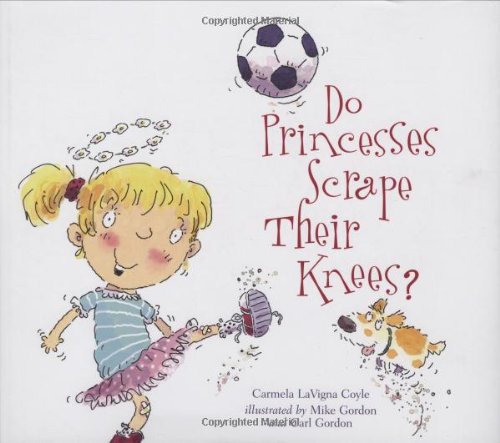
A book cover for Do Princesses Scrape Their Knees?; Carmela LaVigna Coyle; Children's Books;